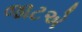
જાટએ